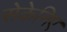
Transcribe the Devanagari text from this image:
सेकेनिए